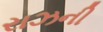
રાઝની